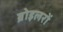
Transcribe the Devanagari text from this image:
ब्रोइलरों